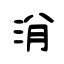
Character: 洕